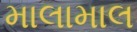
માલામાલ